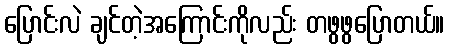
ပြောင်းလဲ ချင်တဲ့အကြောင်းကိုလည်း တဖွဖွပြောတယ်။